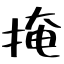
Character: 掩